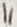
Text: 11